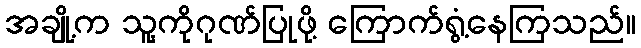
အချို့က သူ့ကိုဂုဏ်ပြုဖို့ ကြောက်ရွံ့နေကြသည်။